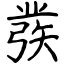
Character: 彂